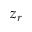
z _ { r }